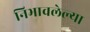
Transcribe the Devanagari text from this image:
निभावलेल्या